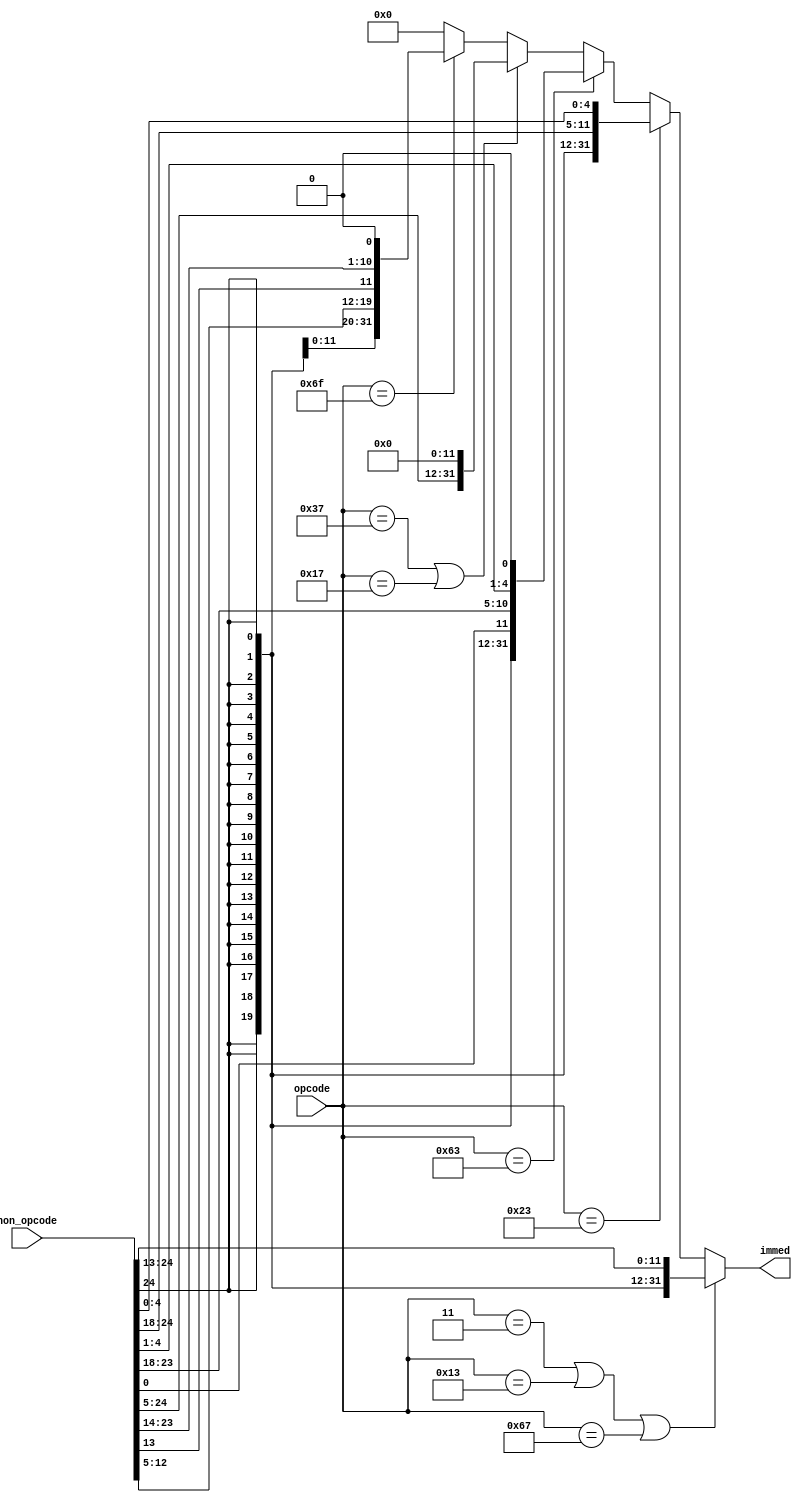
`timescale 1ns / 1ps

module ImmedGen (
    input  [ 6:0] opcode,
    input  [31:7] non_opcode,
    output [31:0] immed
);

  // Commands:
  // lw, sw
  // beq, bne bge, bgeu, blt, bltu
  // addi, slti, sltiu, xori, ori, andi, slli, srli, srai
  // add, sub, sll, slt, sltu, xor, srl, sra, or, and
  // lui, auipc, jal, jalr
  //
  // R-type: 0110011 ($arith$)
  // I-type: 0000011 (lw), 0010011 ($arith-immed$), 1100111 (jalr)
  // S-type: 0100011 (sw)
  // SB-type: 1100011 (b*)
  // U-type: 0110111 (lui), 0010111 (auipc)
  // UJ-type: 1101111 (jal)

  assign immed = (opcode == 7'b0000011 || opcode == 7'b0010011 || opcode == 7'b1100111) ? {{20{non_opcode[31]}}, non_opcode[31:20]} // I-type
      : (opcode == 7'b0100011) ? {{20{non_opcode[31]}}, non_opcode[31:25], non_opcode[11:7]} // S-type
      : (opcode == 7'b1100011) ? {{19{non_opcode[31]}}, non_opcode[31], non_opcode[7], non_opcode[30:25], non_opcode[11:8], 1'b0} // SB-type
      : (opcode == 7'b0110111 || opcode == 7'b0010111) ? {non_opcode[31:12], 12'b0000_0000_0000} // U-type 
      : (opcode == 7'b1101111) ? {{11{non_opcode[31]}}, non_opcode[31], non_opcode[19:12], non_opcode[20], non_opcode[30:21], 1'b0} // UJ-type
      : 32'b0;

endmodule